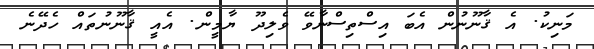
މަނިކު. އެ ޤާނޫނުން އެބަ އިސްތިސްނާވޭ ވެލިދޫ ޔާމީން. އެއީ ޤާނޫނުތައް ހެދޭނެ